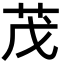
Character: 茂